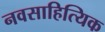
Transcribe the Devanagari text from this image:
नवसाहित्यिक